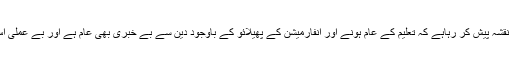
آج کا عہد اسی کا نقشہ پیش کر رہاہے کہ تعلیم کے عام ہونے اور انفارمیشن کے پھیلائو کے باوجود دین سے بے خبری بھی عام ہے اور بے عملی اس سے زیادہ ہے۔